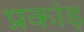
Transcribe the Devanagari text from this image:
प्रकांड़